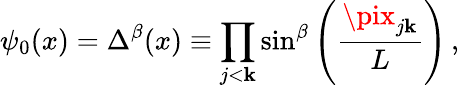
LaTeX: \psi_{0}(x)=\Delta^{\beta}(x)\equiv\prod_{j<\mathbf{k}}\sin^{\beta}\left(\frac{{\pix_{j\mathbf{k}}}}{{L}}\right)\, ,